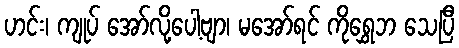
ဟင်း၊ ကျုပ် အော်လို့ပေါ့ဗျာ၊ မအော်ရင် ကိုရွှေဘ သေပြီ